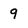
Character: 9